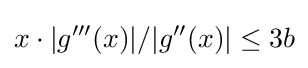
x\cdot |g'''(x)|/|g''(x)|\leq 3b